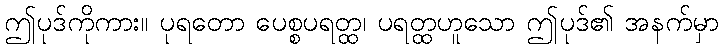
ဤပုဒ်ကိုကား။ ပုရတော ပေစ္စပရတ္ထ၊ ပရတ္ထဟူသော ဤပုဒ်၏ အနက်မှာ